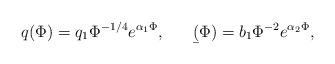
LaTeX: \begin{align*}q(\Phi) = q_1 \Phi^{-1/4} e^{\alpha_1 \Phi}, \ \ \ \ \ \b(\Phi)= b_1 \Phi^{-2} e^{\alpha_2 \Phi},\end{align*}